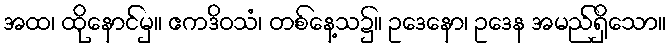
အထ၊ ထိုနောင်မှ။ ဧကဒိဝသံ၊ တစ်နေ့သ၌။ ဥဒေနော၊ ဥဒေန အမည်ရှိသော။